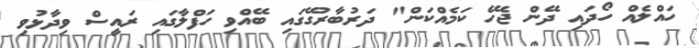
ހައްލެއް ހޯދައި ދޭން ޖެހޭ ކަމެއްކަން" ދަރުބާރުގޭގައި ބޭއްވި ހަފްލާގައި ރައީސް ވިދާޅުވި